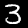
Digit: 3